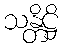
သန္တိဋ္ဌိ